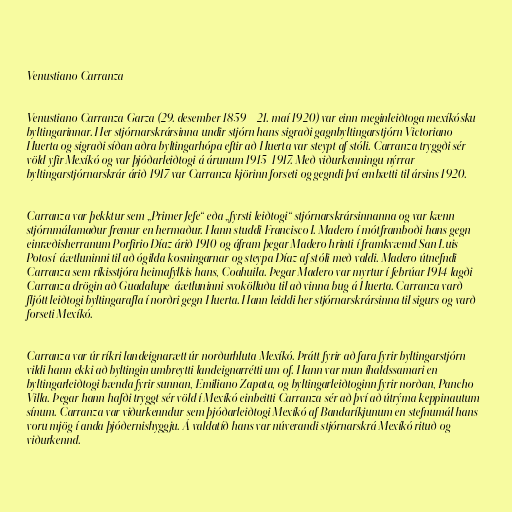
Venustiano Carranza

Venustiano Carranza Garza (29. desember 1859 – 21. maí 1920) var einn meginleiðtoga mexíkósku
byltingarinnar. Her stjórnarskrársinna undir stjórn hans sigraði gagnbyltingarstjórn Victoriano
Huerta og sigraði síðan aðra byltingarhópa eftir að Huerta var steypt af stóli. Carranza tryggði sér
völd yfir Mexíkó og var þjóðarleiðtogi á árunum 1915–1917. Með viðurkenningu nýrrar
byltingarstjórnarskrár árið 1917 var Carranza kjörinn forseti og gegndi því embætti til ársins 1920.

Carranza var þekktur sem „Primer Jefe“ eða „fyrsti leiðtogi“ stjórnarskrársinnanna og var kænn
stjórnmálamaður fremur en hermaður. Hann studdi Francisco I. Madero í mótframboði hans gegn
einræðisherranum Porfirio Díaz árið 1910 og áfram þegar Madero hrinti í framkvæmd San Luis
Potosí-áætluninni til að ógilda kosningarnar og steypa Díaz af stóli með valdi. Madero útnefndi
Carranza sem ríkisstjóra heimafylkis hans, Coahuila. Þegar Madero var myrtur í febrúar 1914 lagði
Carranza drögin að Guadalupe-áætluninni svokölluðu til að vinna bug á Huerta. Carranza varð
fljótt leiðtogi byltingarafla í norðri gegn Huerta. Hann leiddi her stjórnarskrársinna til sigurs og varð
forseti Mexíkó.

Carranza var úr ríkri landeignarætt úr norðurhluta Mexíkó. Þrátt fyrir að fara fyrir byltingarstjórn
vildi hann ekki að byltingin umbreytti landeignarrétti um of. Hann var mun íhaldssamari en
byltingarleiðtogi bænda fyrir sunnan, Emiliano Zapata, og byltingarleiðtoginn fyrir norðan, Pancho
Villa. Þegar hann hafði tryggt sér völd í Mexíkó einbeitti Carranza sér að því að útrýma keppinautum
sínum. Carranza var viðurkenndur sem þjóðarleiðtogi Mexíkó af Bandaríkjunum en stefnumál hans
voru mjög í anda þjóðernishyggju. Á valdatíð hans var núverandi stjórnarskrá Mexíkó rituð og
viðurkennd.